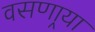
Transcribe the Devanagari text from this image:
वसणार्‍या